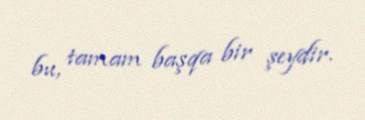
bu, tamam başqa bir şeydir.